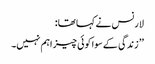
لارنس نے کہا تھا:
’’ زندگی کے سوا کوئی چیز اہم نہیں۔